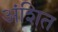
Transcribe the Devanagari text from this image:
अंशित